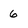
Character: 6